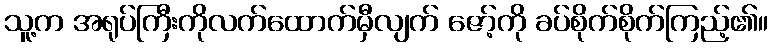
သူ့က အရုပ်ကြီးကိုလက်ထောက်မှီလျက် ဇော့်ကို ခပ်စိုက်စိုက်ကြည့်၏။